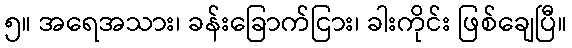
၅။ အရေအသား၊ ခန်းခြောက်ငြား၊ ခါးကိုင်း ဖြစ်ချေပြီ။